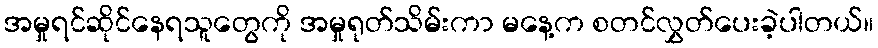
အမှုရင်ဆိုင်နေရသူတွေကို အမှုရုတ်သိမ်းကာ မနေ့က စတင်လွှတ်ပေးခဲ့ပါတယ်။